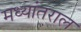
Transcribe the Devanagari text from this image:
मध्यांतराल